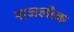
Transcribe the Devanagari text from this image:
राजलोक